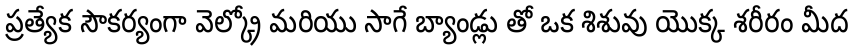
ప్రత్యేక సౌకర్యంగా వెల్క్రో మరియు సాగే బ్యాండ్లు తో ఒక శిశువు యొక్క శరీరం మీద